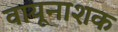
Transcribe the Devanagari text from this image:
वायूनाशक